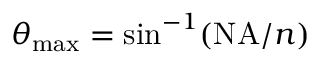
\theta _ { \operatorname* { m a x } } = \sin ^ { - 1 } ( \mathrm { N A } / n )